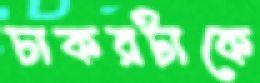
চাকরটাকে